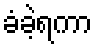
ခံခဲ့ရကာ